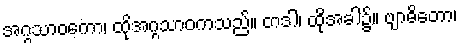
အဂ္ဂသာဝကော၊ ထိုအဂ္ဂသာဝကသည်။ တဒါ၊ ထိုအခါ၌။ ဗျာဓိတော၊